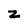
Character: z